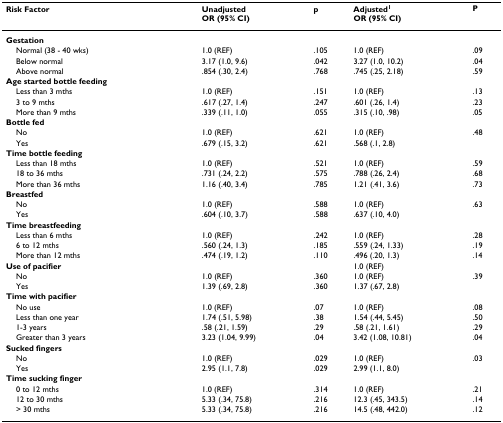
<table><thead><tr><td><b>Risk Factor</b></td><td><b>UnadjustedOR (95% CI)</b></td><td><b>p</b></td><td><b>Adjusted<sup>1</sup>OR (95% CI)</b></td><td><b>P</b></td></tr></thead><tbody><tr><td><b>Gestation</b></td><td></td><td></td><td></td><td></td></tr><tr><td> Normal (38 - 40 wks)</td><td>1.0 (REF)</td><td>.105</td><td>1.0 (REF)</td><td>.09</td></tr><tr><td> Below normal</td><td>3.17 (1.0, 9.6)</td><td>.042</td><td>3.27 (1.0, 10.2)</td><td>.04</td></tr><tr><td> Above normal</td><td>.854 (.30, 2.4)</td><td>.768</td><td>.745 (.25, 2.18)</td><td>.59</td></tr><tr><td><b>Age started bottle feeding</b></td><td></td><td></td><td></td><td></td></tr><tr><td> Less than 3 mths</td><td>1.0 (REF)</td><td>.151</td><td>1.0 (REF)</td><td>.13</td></tr><tr><td> 3 to 9 mths</td><td>.617 (.27, 1.4)</td><td>.247</td><td>.601 (.26, 1.4)</td><td>.23</td></tr><tr><td> More than 9 mths</td><td>.339 (.11, 1.0)</td><td>.055</td><td>.315 (.10, .98)</td><td>.05</td></tr><tr><td><b>Bottle fed</b></td><td></td><td></td><td></td><td></td></tr><tr><td> No</td><td>1.0 (REF)</td><td>.621</td><td>1.0 (REF)</td><td>.48</td></tr><tr><td> Yes</td><td>.679 (.15, 3.2)</td><td>.621</td><td>.568 (.1, 2.8)</td><td></td></tr><tr><td><b>Time bottle feeding</b></td><td></td><td></td><td></td><td></td></tr><tr><td> Less than 18 mths</td><td>1.0 (REF)</td><td>.521</td><td>1.0 (REF)</td><td>.59</td></tr><tr><td> 18 to 36 mths</td><td>.731 (.24, 2.2)</td><td>.575</td><td>.788 (.26, 2.4)</td><td>.68</td></tr><tr><td> More than 36 mths</td><td>1.16 (.40, 3.4)</td><td>.785</td><td>1.21 (.41, 3.6)</td><td>.73</td></tr><tr><td><b>Breastfed</b></td><td></td><td></td><td></td><td></td></tr><tr><td> No</td><td>1.0 (REF)</td><td>.588</td><td>1.0 (REF)</td><td>.63</td></tr><tr><td> Yes</td><td>.604 (.10, 3.7)</td><td>.588</td><td>.637 (.10, 4.0)</td><td></td></tr><tr><td><b>Time breastfeeding</b></td><td></td><td></td><td></td><td></td></tr><tr><td> Less than 6 mths</td><td>1.0 (REF)</td><td>.242</td><td>1.0 (REF)</td><td>.28</td></tr><tr><td> 6 to 12 mths</td><td>.560 (.24, 1.3)</td><td>.185</td><td>.559 (.24, 1.33)</td><td>.19</td></tr><tr><td> More than 12 mths</td><td>.474 (.19, 1.2)</td><td>.110</td><td>.496 (.20, 1.3)</td><td>.14</td></tr><tr><td><b>Use of pacifier</b></td><td></td><td></td><td>1.0 (REF)</td><td></td></tr><tr><td> No</td><td>1.0 (REF)</td><td>.360</td><td>1.0 (REF)</td><td>.39</td></tr><tr><td> Yes</td><td>1.39 (.69, 2.8)</td><td>.360</td><td>1.37 (.67, 2.8)</td><td></td></tr><tr><td><b>Time with pacifier</b></td><td></td><td></td><td></td><td></td></tr><tr><td> No use</td><td>1.0 (REF)</td><td>.07</td><td>1.0 (REF)</td><td>.08</td></tr><tr><td> Less than one year</td><td>1.74 (.51, 5.98)</td><td>.38</td><td>1.54 (.44, 5.45)</td><td>.50</td></tr><tr><td> 1-3 years</td><td>.58 (.21, 1.59)</td><td>.29</td><td>.58 (.21, 1.61)</td><td>.29</td></tr><tr><td> Greater than 3 years</td><td>3.23 (1.04, 9.99)</td><td>.04</td><td>3.42 (1.08, 10.81)</td><td>.04</td></tr><tr><td><b>Sucked fingers</b></td><td></td><td></td><td></td><td></td></tr><tr><td> No</td><td>1.0 (REF)</td><td>.029</td><td>1.0 (REF)</td><td>.03</td></tr><tr><td> Yes</td><td>2.95 (1.1, 7.8)</td><td>.029</td><td>2.99 (1.1, 8.0)</td><td></td></tr><tr><td><b>Time sucking finger</b></td><td></td><td></td><td></td><td></td></tr><tr><td> 0 to 12 mths</td><td>1.0 (REF)</td><td>.314</td><td>1.0 (REF)</td><td>.21</td></tr><tr><td> 12 to 30 mths</td><td>5.33 (.34, 75.8)</td><td>.216</td><td>12.3 (.45, 343.5)</td><td>.14</td></tr><tr><td> &gt; 30 mths</td><td>5.33 (.34, 75.8)</td><td>.216</td><td>14.5 (.48, 442.0)</td><td>.12</td></tr></tbody></table>